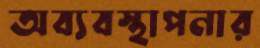
অব্যবস্থাপনার